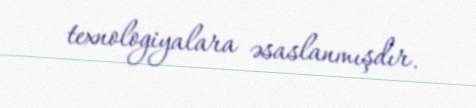
texnologiyalara əsaslanmışdır.